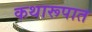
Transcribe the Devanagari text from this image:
कथारूपात